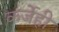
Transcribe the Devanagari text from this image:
कर्जेही